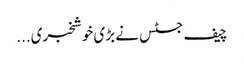
چیف جسٹس نے بڑی خوشخبری...